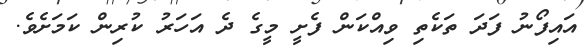
އައިފޯނު ފަދަ ތަކެތި ވިއްކަން ފެށީ މީގެ ދެ އަހަރު ކުރިން ކަމަށެވެ.